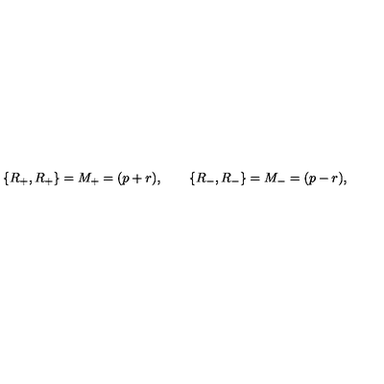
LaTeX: \{ R _ { + } , R _ { + } \} = M _ { + } = ( p + r ) , \qquad \{ R _ { - } , R _ { - } \} = M _ { - } = ( p - r ) , \qquad